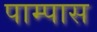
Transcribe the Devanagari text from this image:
पाम्पास